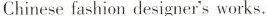
Chinese fashion designer's works.